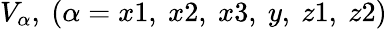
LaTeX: V_{\alpha},\ (\alpha=x1,\ x2,\ x3,\ y,\ z1,\ z2)